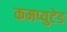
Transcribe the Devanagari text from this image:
कमप्युटेड